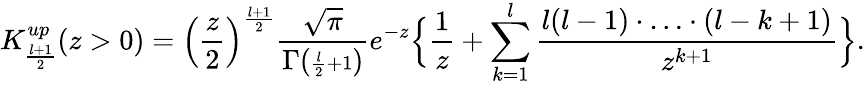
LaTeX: K_{\frac{l+1}{2}}^{up}(z>0)=\Big(\frac{z}{2}{\Big)}^{\frac{l+1}{2}}\frac{\sqrt{\pi}}{\Gamma({\scriptstyle\frac{l}{2}+1})}e^{-z}\Big\{ \frac{1}{z}+\sum_{k=1}^{l}\frac{l(l-1)\cdot\ldots\cdot(l-k+1)}{z^{k+1}}\Big\} .